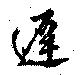
遅